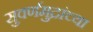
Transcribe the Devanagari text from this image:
सुवर्णमुद्रांच्या